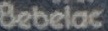
Bebelac